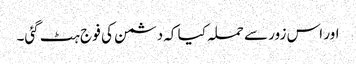
اور اس زور سے حملہ کیا کہ دشمن کی فو ج ہٹ گئی۔